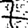
Digit: 7